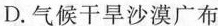
D.气候干旱沙漠广布